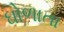
ઘોળાતા